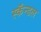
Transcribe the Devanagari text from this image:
स्कॅन्डल